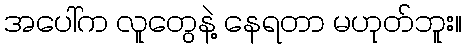
အပေါ်က လူတွေနဲ့ နေရတာ မဟုတ်ဘူး။